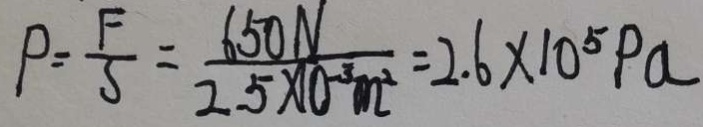
P = \frac { F } { S } = \frac { 6 5 0 N } { 2 . 5 \times 1 0 ^ { - 3 } m ^ { 2 } } = 2 . 6 \times 1 0 ^ { 5 } P a